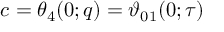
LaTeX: c = \theta _ { 4 } ( 0 ; q ) = \vartheta _ { 0 1 } ( 0 ; \tau )